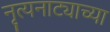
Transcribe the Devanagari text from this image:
नृत्यनाट्याच्या